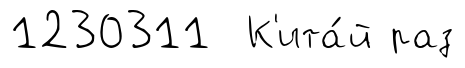
1230311 К'ита́й раз